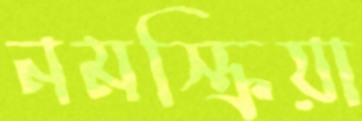
নমস্ক্রিয়া